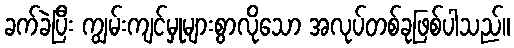
ခက်ခဲပြီး ကျွမ်းကျင်မှုများစွာလိုသော အလုပ်တစ်ခုဖြစ်ပါသည်။